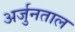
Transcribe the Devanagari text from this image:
अर्जुनताल